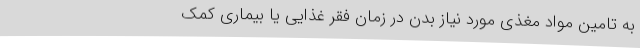
به تأمین مواد مغذی مورد نیاز بدن در زمان فقر غذایی یا بیماری کمک